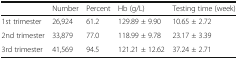
|  | Number | Percent | Hb (g/L) | Testing time (week) |
 | --- | --- | --- | --- | --- |
 | 1st trimester | 26,924 | 61.2 | 129.89 ± 9.90 | 10.65 ± 2.72 |
 | 2nd trimester | 33,879 | 77.0 | 118.99 ± 9.78 | 23.17 ± 3.39 |
 | 3rd trimester | 41,569 | 94.5 | 121.21 ± 12.62 | 37.24 ± 2.71 |